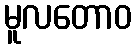
မူလတောဝ